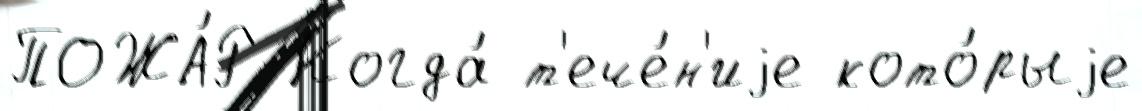
ПОЖА́Р Когда́ т'ече́н'иjе кото́рыjе